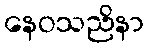
နေဝသညိနာ